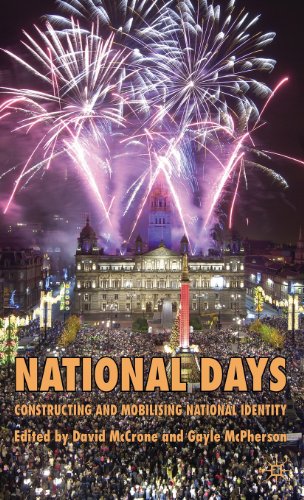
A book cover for National Days: Constructing and Mobilizing National Identity; Politics & Social Sciences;